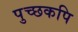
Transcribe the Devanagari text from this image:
पुच्छकपि